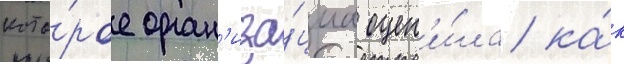
кото́рое орган'иза́циа оцен'и́ла ка́к